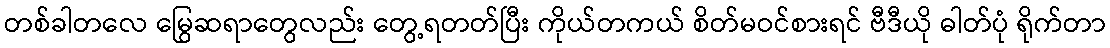
တစ်ခါတလေ မြွေဆရာတွေလည်း တွေ့ရတတ်ပြီး ကိုယ်တကယ် စိတ်မဝင်စားရင် ဗီဒီယို ဓါတ်ပုံ ရိုက်တာ